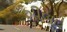
શીબા